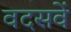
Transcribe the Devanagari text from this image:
वदसवें